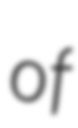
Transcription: of